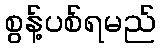
စွန့်ပစ်ရမည်